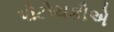
પોટોચકીએ